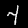
Digit: 4